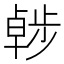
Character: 𣦖